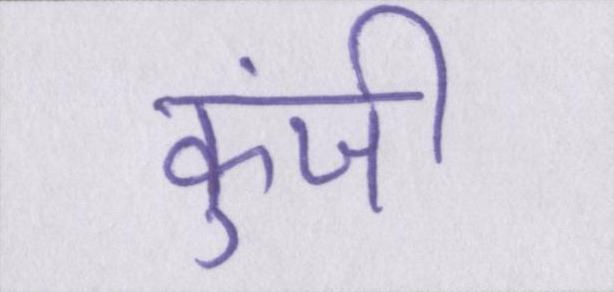
कुंजी